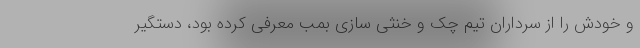
و خودش را از سرداران تیم چک و خنثی سازی بمب معرفی کرده بود، دستگیر